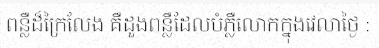
ពន្លឺដ៏ក្រៃលែង គឺដួងពន្លឺដែលបំភ្លឺលោកក្នុងវេលាថ្ងៃ :